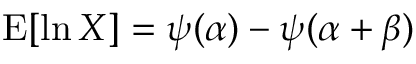
\operatorname { E } [ \ln X ] = \psi ( \alpha ) - \psi ( \alpha + \beta )